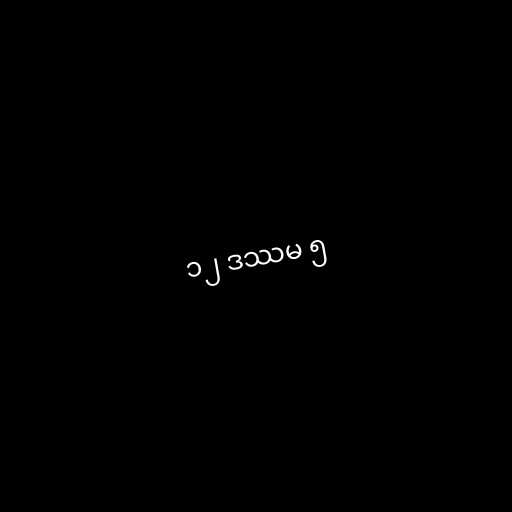
၁၂ ဒဿမ ၅